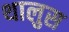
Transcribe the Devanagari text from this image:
थालुस